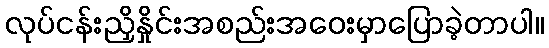
လုပ်ငန်းညှိနှိုင်းအစည်းအဝေးမှာပြောခဲ့တာပါ။